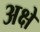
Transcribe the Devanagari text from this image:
अक्षे